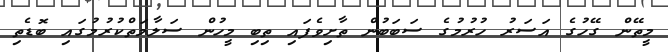
މީތޭން ގޭހުގެ އަސަރު ހުރުމުގެ ސަބަބުން ތާށިވެފައި ތިބި މީހުން ސަލާމަތްކުރުމުގައި ބޮޑެތި